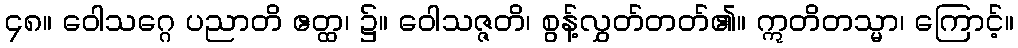
၄၈။ ဝေါသဂ္ဂေ ပညာတိ ဧတ္ထ၊ ၌။ ဝေါသဇ္ဇတိ၊ စွန့်လွှတ်တတ်၏။ ဣတိတသ္မာ၊ ကြောင့်။